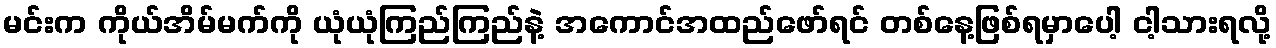
မင်းက ကိုယ်အိမ်မက်ကို ယုံယုံကြည်ကြည်နဲ့ အကောင်အထည်ဖော်ရင် တစ်နေ့ဖြစ်ရမှာပေါ့ ငါ့သားရလို့